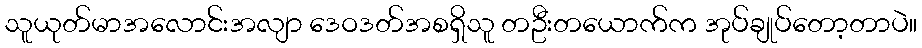
သူယုတ်မာအလောင်းအလျာ ဒေဝဒတ်အစရှိသူ တဦးတယောက်က အုပ်ချုပ်တော့တာပဲ။